Annual report of the Imperial Bacteriological Laboratory, Muktesar
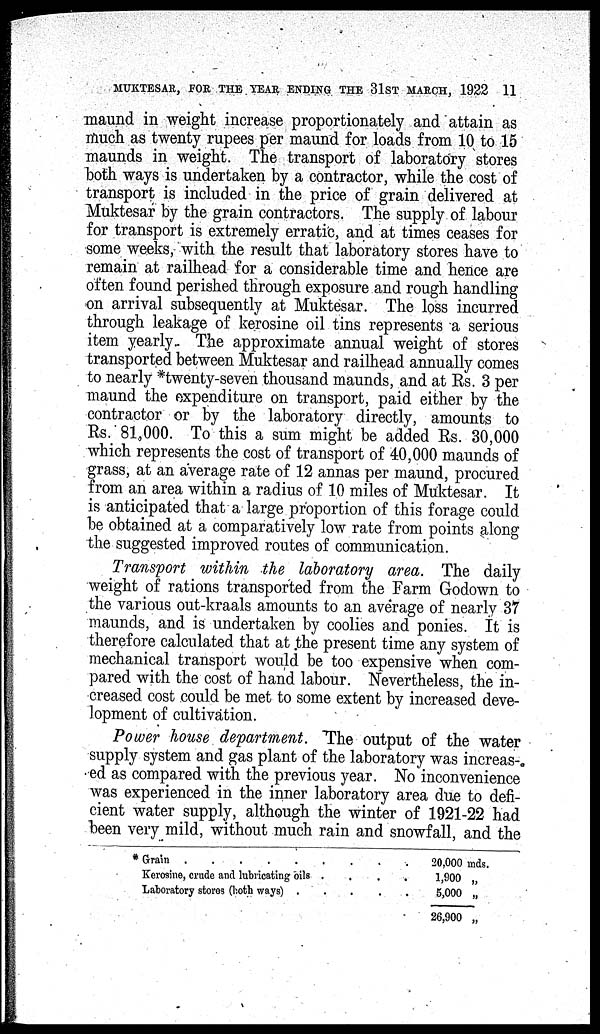
MUKTESAR, FOR THE YEAR ENDING THE 31ST MARCH, 1922 11
maund in weight increase proportionately and attain as
much as twenty rupees per maund for loads from 10 to 15
maunds in weight. The transport of laboratory stores
both ways is undertaken by a contractor, while the cost of
transport is included in the price of grain delivered at
Muktesar by the grain contractors. The supply of labour
for transport is extremely erratic, and at times ceases for
some weeks, with the result that laboratory stores have to
remain at railhead for a considerable time and hence are
often found perished through exposure and rough handling
on arrival subsequently at Muktesar. The loss incurred
through leakage of kerosine oil tins represents a serious
item yearly. The approximate annual weight of stores
transported between Muktesar and railhead annually comes
to nearly *twenty-seven thousand maunds, and at Rs. 3 per
maund the expenditure on transport, paid either by the
contractor or by the laboratory directly, amounts to
Rs. 81,000. To this a sum might be added Rs. 30,000
which represents the cost of transport of 40,000 maunds of
grass, at an average rate of 12 annas per maund, procured
from an area within a radius of 10 miles of Muktesar. It
is anticipated that a large proportion of this forage could
be obtained at a comparatively low rate from points along
the suggested improved routes of communication.
Transport within the laboratory area. The daily
weight of rations transported from the Farm Godown to
the various out-kraals amounts to an average of nearly 37
maunds, and is undertaken by coolies and ponies. It is
therefore calculated that at the present time any system of
mechanical transport would be too expensive when com-
pared with the cost of hand labour. Nevertheless, the in-
creased cost could be met to some extent by increased deve-
lopment of cultivation.
Power house department. The output of the water
supply system and gas plant of the laboratory was increas-.
ed as compared with the previous year. No inconvenience
was experienced in the inner laboratory area due to defi-
cient water supply, although the winter of 1921-22 had
been very mild, without much rain and snowfall, and the
* Grain
Kerosine, crude and lubricating oils
Laboratory stores (both ways)
.
.
.
.
.
.
.
.
.
.
.
.
20,000 mds.
1,900 „
5,000 „
26,900 „